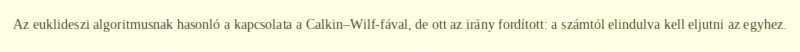
Az euklideszi algoritmusnak hasonló a kapcsolata a Calkin–Wilf-fával, de ott az irány fordított: a számtól elindulva kell eljutni az egyhez.